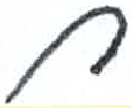
אות: ח